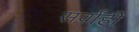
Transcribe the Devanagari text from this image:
सर्वांही